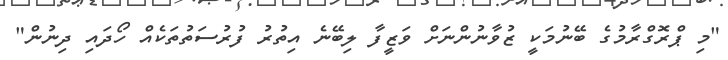
"މި ޕްރޮގްރާމުގެ ބޭނުމަކީ ޒުވާނުންނަށް ވަޒީފާ ލިބޭނެ އިތުރު ފުރުސަތުތަކެއް ހޯދައި ދިނުން"